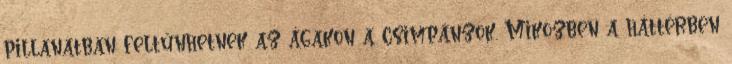
pillanatban feltűnhetnek az ágakon a csimpánzok. Miközben a háttérben